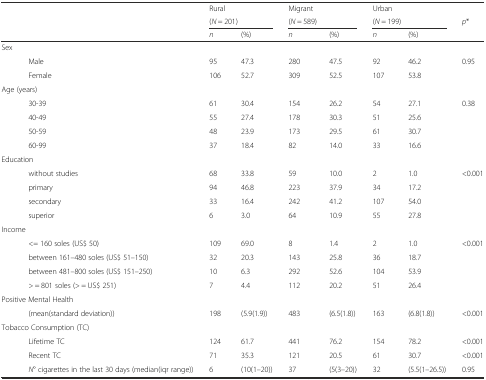
<table><thead><tr><td></td><td></td><td><b>Rural</b></td><td></td><td><b>Migrant</b></td><td></td><td><b>Urban</b></td><td></td><td></td></tr><tr><td></td><td></td><td colspan="2"><b>(<i>N</i> = 201)</b></td><td colspan="2"><b>(<i>N</i> = 589)</b></td><td colspan="2"><b>(<i>N</i> = 199)</b></td><td><b><i>p</i>*</b></td></tr><tr><td></td><td></td><td><b><i>n</i></b></td><td><b>(%)</b></td><td><b><i>n</i></b></td><td><b>(%)</b></td><td><b><i>n</i></b></td><td><b>(%)</b></td><td></td></tr></thead><tbody><tr><td>Sex</td><td></td><td></td><td></td><td></td><td></td><td></td><td></td><td></td></tr><tr><td></td><td>Male</td><td>95</td><td>47.3</td><td>280</td><td>47.5</td><td>92</td><td>46.2</td><td>0.95</td></tr><tr><td></td><td>Female</td><td>106</td><td>52.7</td><td>309</td><td>52.5</td><td>107</td><td>53.8</td><td></td></tr><tr><td colspan="2">Age (years)</td><td></td><td></td><td></td><td></td><td></td><td></td><td></td></tr><tr><td></td><td>30-39</td><td>61</td><td>30.4</td><td>154</td><td>26.2</td><td>54</td><td>27.1</td><td>0.38</td></tr><tr><td></td><td>40-49</td><td>55</td><td>27.4</td><td>178</td><td>30.3</td><td>51</td><td>25.6</td><td></td></tr><tr><td></td><td>50-59</td><td>48</td><td>23.9</td><td>173</td><td>29.5</td><td>61</td><td>30.7</td><td></td></tr><tr><td></td><td>60-99</td><td>37</td><td>18.4</td><td>82</td><td>14.0</td><td>33</td><td>16.6</td><td></td></tr><tr><td colspan="2">Education</td><td></td><td></td><td></td><td></td><td></td><td></td><td></td></tr><tr><td></td><td>without studies</td><td>68</td><td>33.8</td><td>59</td><td>10.0</td><td>2</td><td>1.0</td><td>&lt;0.001</td></tr><tr><td></td><td>primary</td><td>94</td><td>46.8</td><td>223</td><td>37.9</td><td>34</td><td>17.2</td><td></td></tr><tr><td></td><td>secondary</td><td>33</td><td>16.4</td><td>242</td><td>41.2</td><td>107</td><td>54.0</td><td></td></tr><tr><td></td><td>superior</td><td>6</td><td>3.0</td><td>64</td><td>10.9</td><td>55</td><td>27.8</td><td></td></tr><tr><td colspan="2">Income</td><td></td><td></td><td></td><td></td><td></td><td></td><td></td></tr><tr><td></td><td>&lt;= 160 soles (US$ 50)</td><td>109</td><td>69.0</td><td>8</td><td>1.4</td><td>2</td><td>1.0</td><td>&lt;0.001</td></tr><tr><td></td><td>between 161–480 soles (US$ 51–150)</td><td>32</td><td>20.3</td><td>143</td><td>25.8</td><td>36</td><td>18.7</td><td></td></tr><tr><td></td><td>between 481–800 soles (US$ 151–250)</td><td>10</td><td>6.3</td><td>292</td><td>52.6</td><td>104</td><td>53.9</td><td></td></tr><tr><td></td><td>&gt; = 801 soles (&gt; = US$ 251)</td><td>7</td><td>4.4</td><td>112</td><td>20.2</td><td>51</td><td>26.4</td><td></td></tr><tr><td colspan="2">Positive Mental Health</td><td></td><td></td><td></td><td></td><td></td><td></td><td></td></tr><tr><td></td><td>(mean(standard deviation))</td><td>198</td><td>(5.9(1.9))</td><td>483</td><td>(6.5(1.8))</td><td>163</td><td>(6.8(1.8))</td><td>&lt;0.001</td></tr><tr><td colspan="2">Tobacco Consumption (TC)</td><td></td><td></td><td></td><td></td><td></td><td></td><td></td></tr><tr><td></td><td>Lifetime TC</td><td>124</td><td>61.7</td><td>441</td><td>76.2</td><td>154</td><td>78.2</td><td>&lt;0.001</td></tr><tr><td></td><td>Recent TC</td><td>71</td><td>35.3</td><td>121</td><td>20.5</td><td>61</td><td>30.7</td><td>&lt;0.001</td></tr><tr><td></td><td><i>N</i>° cigarettes in the last 30 days (median(iqr range))</td><td>6</td><td>(10(1–20))</td><td>37</td><td>(5(3–20))</td><td>32</td><td>(5.5(1–26.5))</td><td>0.95</td></tr></tbody></table>